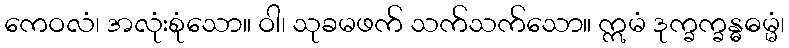
ကေဝလံ၊ အလုံးစုံသော။ ဝါ၊ သုခမဖက် သက်သက်သော။ ဣမံ ဒုက္ခက္ခန္ဓဓမ္မံ၊